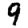
Digit: 9